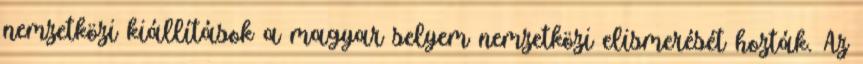
nemzetközi kiállítások a magyar selyem nemzetközi elismerését hozták. Az